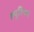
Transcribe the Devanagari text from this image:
ह्यूरियन